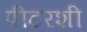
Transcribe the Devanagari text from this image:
पीटरशी